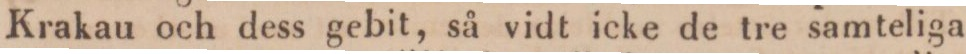
Krakau och dess gebit, så vidt icke de tre samteliga